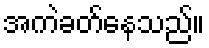
အကဲခတ်နေသည်။